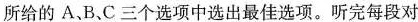
所给的 A、B、C三个选项中选出最佳选项。听完每段对